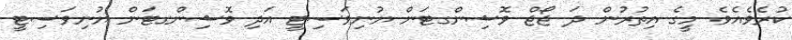
ކުރެވެއެވެ. މީގެ އިތުރުން ދަ ޖޯޖް ވޮޝިންގޓަން ޔުނިވަސިޓީ އަދި ވޮޝިންގޓަން ޔުނިވަސިޓީ